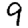
Digit: 9